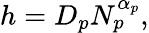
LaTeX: h=D_{p}N_{p}^{\alpha_{p}},